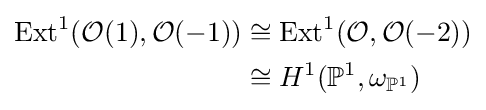
{\begin{aligned}{\text{Ext}}^{1}({\mathcal {O}}(1),{\mathcal {O}}(-1))&\cong {\text{Ext}}^{1}({\mathcal {O}},{\mathcal {O}}(-2))\\&\cong H^{1}(\mathbb {P} ^{1},\omega _{\mathbb {P} ^{1}})\end{aligned}}